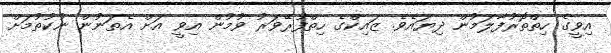
އިވީގެ ހިތްތޮރުފާލަމުން ދިޔައެވެ. ޒައިކްގެ ހިތްފުރޭވަރު ވުމުން އިވީ އަށް އެތަނުން ނުކުތުމަށް